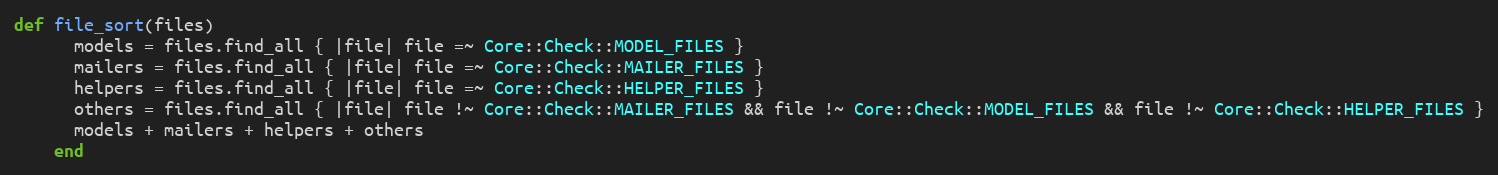
Language: Ruby
def file_sort(files)
      models = files.find_all { |file| file =~ Core::Check::MODEL_FILES }
      mailers = files.find_all { |file| file =~ Core::Check::MAILER_FILES }
      helpers = files.find_all { |file| file =~ Core::Check::HELPER_FILES }
      others = files.find_all { |file| file !~ Core::Check::MAILER_FILES && file !~ Core::Check::MODEL_FILES && file !~ Core::Check::HELPER_FILES }
      models + mailers + helpers + others
    end